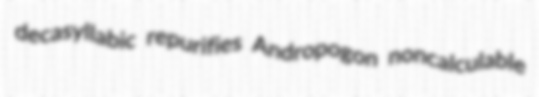
decasyllabic repurifies Andropogon noncalculable